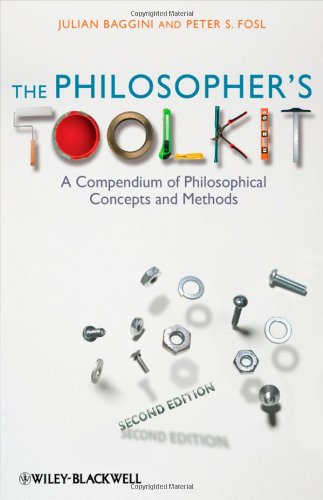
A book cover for The Philosopher's Toolkit: A Compendium of Philosophical Concepts and Methods; Julian Baggini; Politics & Social Sciences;